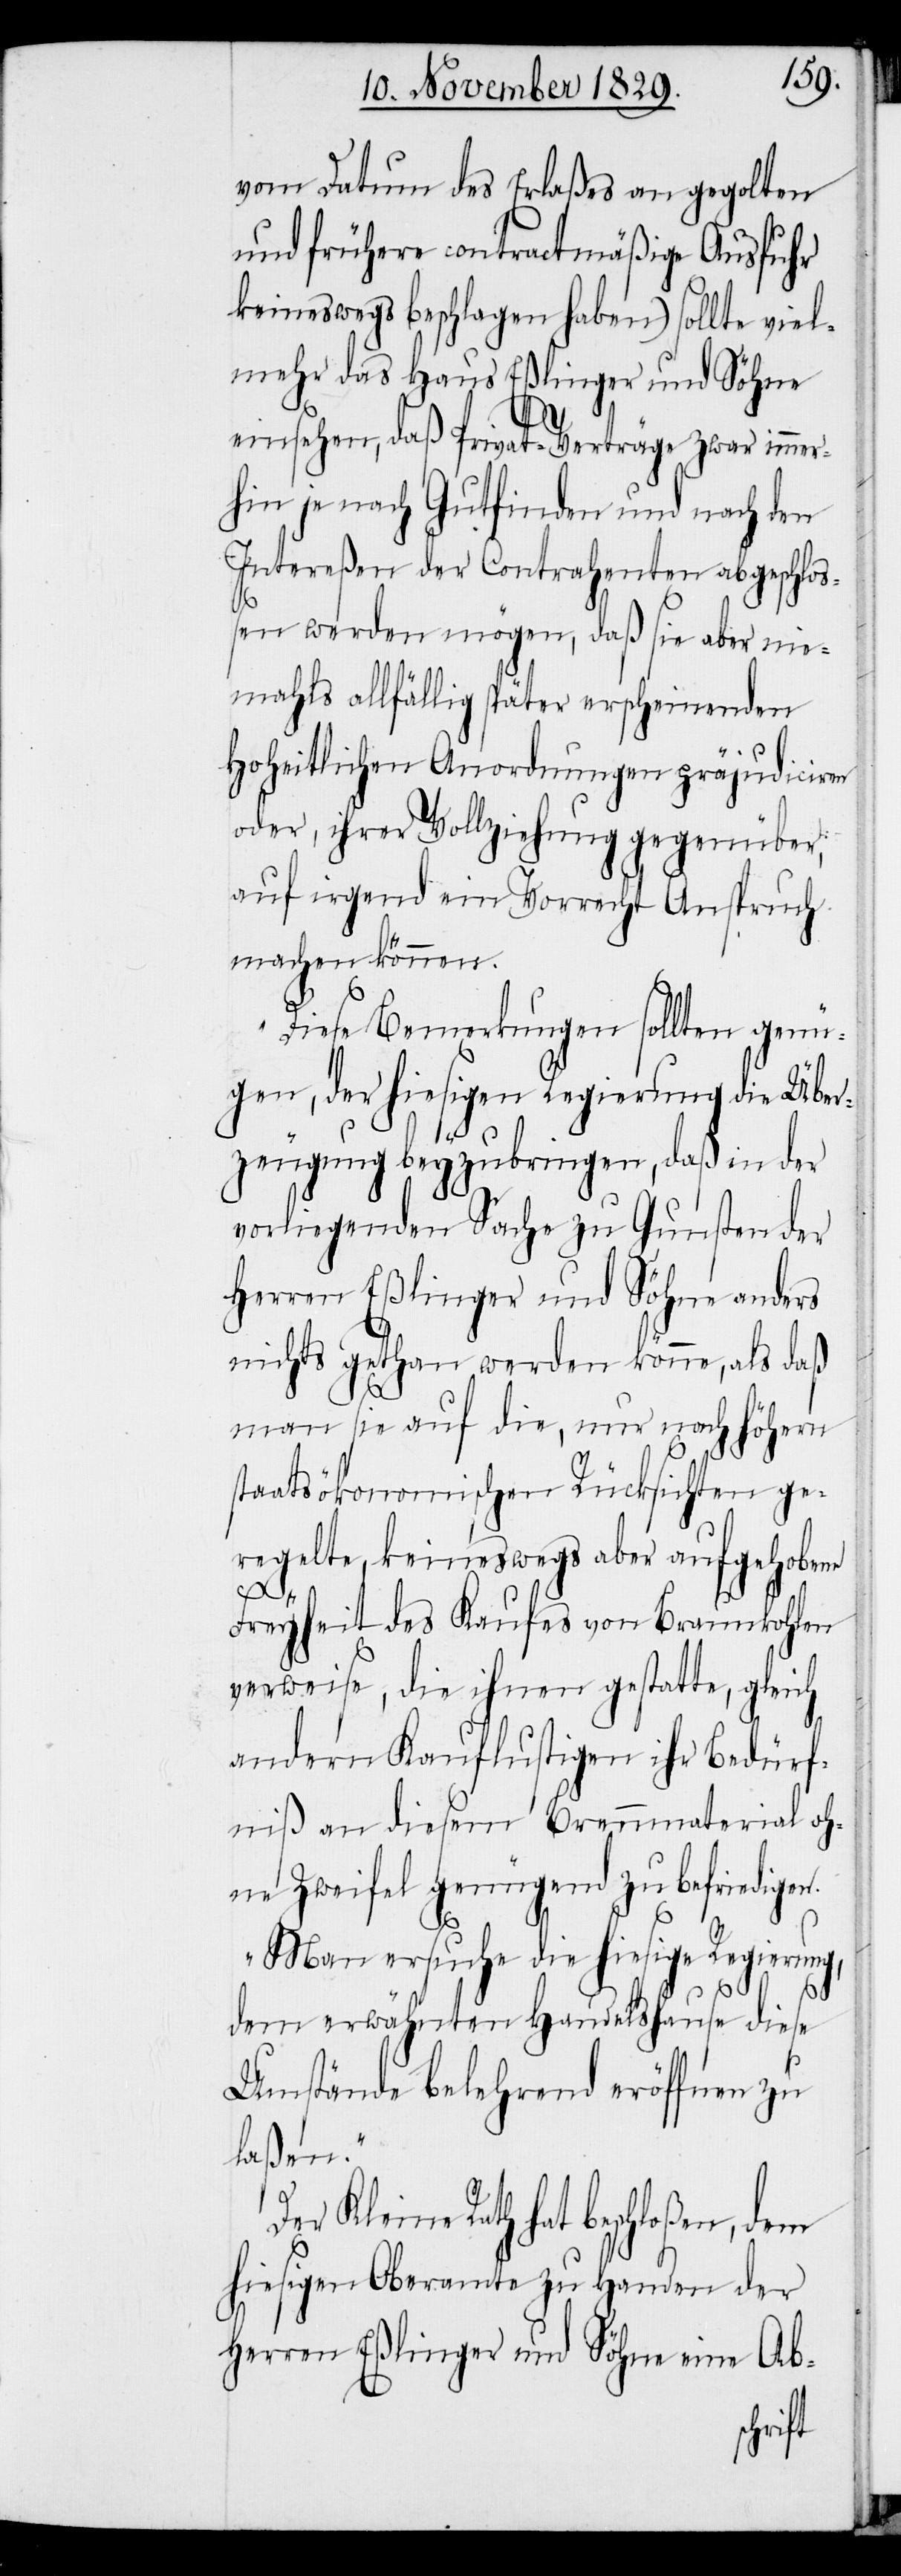
vom Datum des Erlaßes an gegolten
und frühere contractmäßige Ausfuhr
keineswegs beschlagen haben) sollte viel¬
mehr das Haus Eßlinger und Söhne
einsehen, daß Privat-Verträge zwar imme¬
rhin je nach Gutfinden und nach den
Intereßen der Contrahenten abgeschlo¬
ßen werden mögen, daß sie aber nie¬
mahls allfällig später erscheinenden
hoheitlichen Anordnungen präjudiciren
oder, ihrer Vollziehung gegenüber,
auf irgend ein Vorrecht Anspruch
machen können.
Diese Bemerkungen sollten genü¬
gen, der hiesigen Regierung die Über¬
zeugung beyzubringen, daß in der
vorliegenden Sache zu Gunsten der
Herren Eßlinger und Söhne anders
nichts gethan werden könne, als daß
man sie auf die, nur nach höhern
D¬
staatsökonomischen Rücksichten ge¬
regelte, keineswegs aber aufgehobene
g,
Freyheit des Kaufes von Braunkohlen
verweise, die ihnen gestatte, gleich
andern Kauflustigen ihr Bedürf¬
niß an diesem Brennmaterial oh¬
ne Zweifel genügend zu befriedigen.
Man ersuche die hiesige Regierun¬
dem erwähnten Handelshause diese
Umstände belehrend eröffnen zu
laßen.“
er Kleine Rath hat beschloßen, dem
hiesigen Oberamte zu Handen der
Herren Eßlinger und Söhne eine Ab-